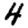
Digit: 4